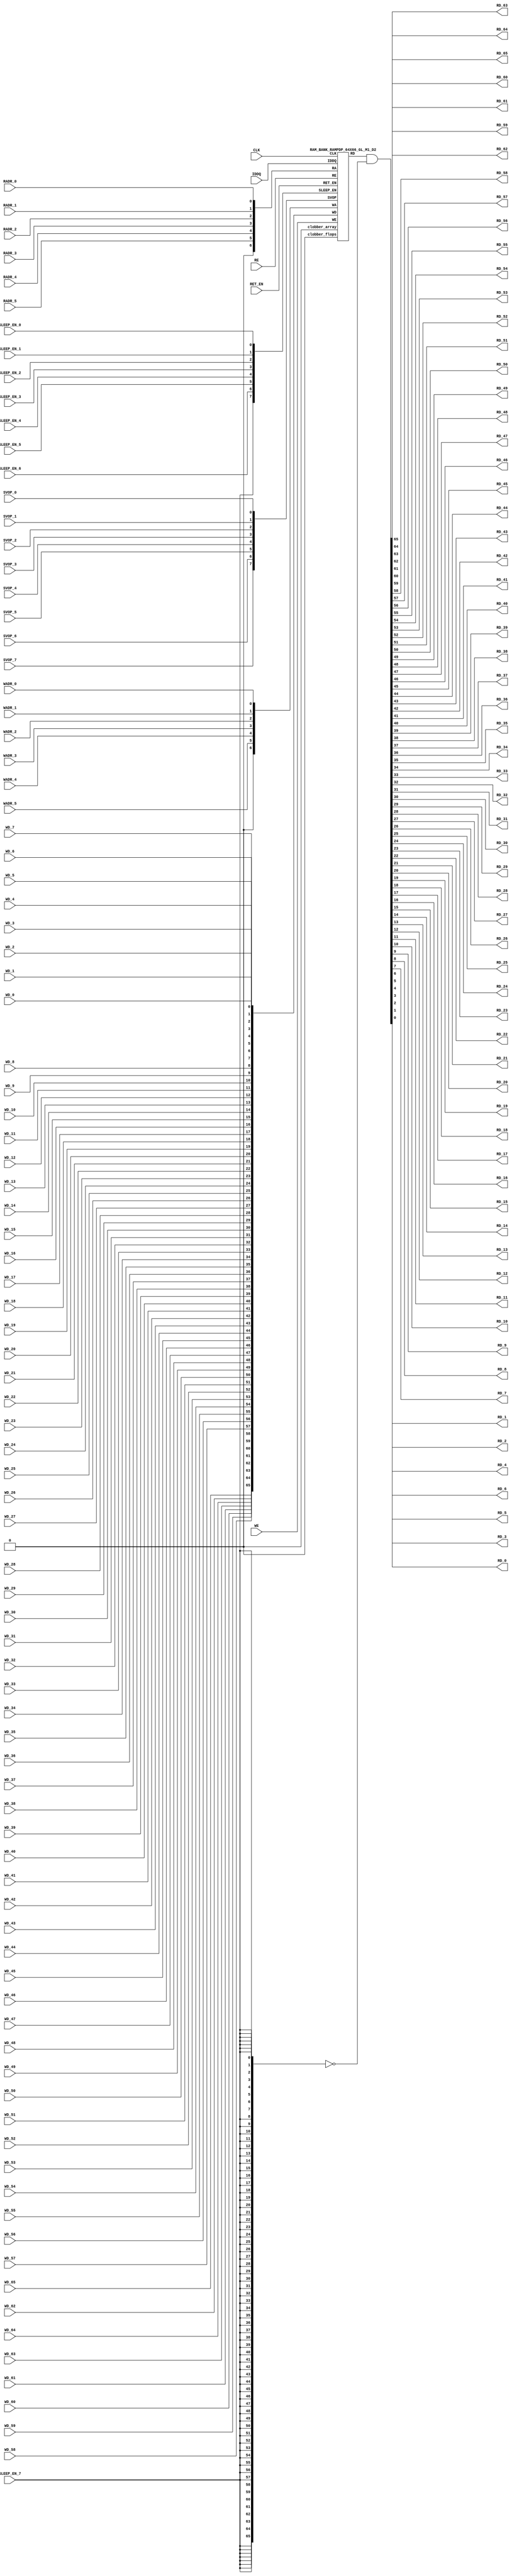
// ================================================================
// NVDLA Open Source Project
//
// Copyright(c) 2016 - 2017 NVIDIA Corporation. Licensed under the
// NVDLA Open Hardware License; Check "LICENSE" which comes with
// this distribution for more information.
// ================================================================
`ifdef EMULATION
 `define SYNTHESIS
`endif
`ifndef SYNTHESIS
 `ifdef FAULT_INJECTION
  `define SIM_and_FAULT
 `endif
`endif
`ifndef SYNTHESIS
 `ifdef MONITOR
  `define SIM_and_MONITOR
 `endif
`endif
`ifndef SYNTHESIS
`timescale 10ps/1ps
`endif
`celldefine
module RAMPDP_64X66_GL_M1_D2 ( WE, CLK, IDDQ, SVOP_0, SVOP_1, SVOP_2, SVOP_3, SVOP_4, SVOP_5, SVOP_6, SVOP_7
,WD_65, WD_64, WD_63, WD_62, WD_61, WD_60, WD_59, WD_58, WD_57, WD_56, WD_55, WD_54, WD_53, WD_52, WD_51, WD_50, WD_49, WD_48, WD_47, WD_46, WD_45, WD_44, WD_43, WD_42, WD_41, WD_40, WD_39, WD_38, WD_37, WD_36, WD_35, WD_34, WD_33, WD_32, WD_31, WD_30, WD_29, WD_28, WD_27, WD_26, WD_25, WD_24, WD_23, WD_22, WD_21, WD_20, WD_19, WD_18, WD_17, WD_16, WD_15, WD_14, WD_13, WD_12, WD_11, WD_10, WD_9, WD_8, WD_7, WD_6, WD_5, WD_4, WD_3, WD_2, WD_1, WD_0,RD_65, RD_64, RD_63, RD_62, RD_61, RD_60, RD_59, RD_58, RD_57, RD_56, RD_55, RD_54, RD_53, RD_52, RD_51, RD_50, RD_49, RD_48, RD_47, RD_46, RD_45, RD_44, RD_43, RD_42, RD_41, RD_40, RD_39, RD_38, RD_37, RD_36, RD_35, RD_34, RD_33, RD_32, RD_31, RD_30, RD_29, RD_28, RD_27, RD_26, RD_25, RD_24, RD_23, RD_22, RD_21, RD_20, RD_19, RD_18, RD_17, RD_16, RD_15, RD_14, RD_13, RD_12, RD_11, RD_10, RD_9, RD_8, RD_7, RD_6, RD_5, RD_4, RD_3, RD_2, RD_1, RD_0, RE
, RADR_5, RADR_4, RADR_3, RADR_2, RADR_1, RADR_0, WADR_5, WADR_4, WADR_3, WADR_2, WADR_1, WADR_0, SLEEP_EN_7, SLEEP_EN_6, SLEEP_EN_5, SLEEP_EN_4, SLEEP_EN_3, SLEEP_EN_2, SLEEP_EN_1, SLEEP_EN_0, RET_EN
);
// nvProps NoBus SLEEP_EN_
`ifndef RAM_INTERFACE
`ifndef SYNTHESIS
// Physical ram size defined as localparam
parameter phy_rows = 64;
parameter phy_cols = 66;
parameter phy_rcols_pos = 66'b000000000000000000000000000000000000000000000000000000000000000000;
`endif //SYNTHESIS
`endif //RAM_INTERFACE
// Test mode control ports
input IDDQ;
// Clock port
input CLK;
// SVOP ports
input SVOP_0, SVOP_1, SVOP_2, SVOP_3, SVOP_4, SVOP_5, SVOP_6, SVOP_7;
// Write data ports
input WD_65, WD_64, WD_63, WD_62, WD_61, WD_60, WD_59, WD_58, WD_57, WD_56, WD_55, WD_54, WD_53, WD_52, WD_51, WD_50, WD_49, WD_48, WD_47, WD_46, WD_45, WD_44, WD_43, WD_42, WD_41, WD_40, WD_39, WD_38, WD_37, WD_36, WD_35, WD_34, WD_33, WD_32, WD_31, WD_30, WD_29, WD_28, WD_27, WD_26, WD_25, WD_24, WD_23, WD_22, WD_21, WD_20, WD_19, WD_18, WD_17, WD_16, WD_15, WD_14, WD_13, WD_12, WD_11, WD_10, WD_9, WD_8, WD_7, WD_6, WD_5, WD_4, WD_3, WD_2, WD_1, WD_0;
// Read data ports
output RD_65, RD_64, RD_63, RD_62, RD_61, RD_60, RD_59, RD_58, RD_57, RD_56, RD_55, RD_54, RD_53, RD_52, RD_51, RD_50, RD_49, RD_48, RD_47, RD_46, RD_45, RD_44, RD_43, RD_42, RD_41, RD_40, RD_39, RD_38, RD_37, RD_36, RD_35, RD_34, RD_33, RD_32, RD_31, RD_30, RD_29, RD_28, RD_27, RD_26, RD_25, RD_24, RD_23, RD_22, RD_21, RD_20, RD_19, RD_18, RD_17, RD_16, RD_15, RD_14, RD_13, RD_12, RD_11, RD_10, RD_9, RD_8, RD_7, RD_6, RD_5, RD_4, RD_3, RD_2, RD_1, RD_0;
// Read enable ports
input RE;
// Write enable ports
input WE;
// Read address ports
input RADR_5, RADR_4, RADR_3, RADR_2, RADR_1, RADR_0;
// Write address ports
input WADR_5, WADR_4, WADR_3, WADR_2, WADR_1, WADR_0;
// PG Zone enables
input SLEEP_EN_0, SLEEP_EN_1, SLEEP_EN_2, SLEEP_EN_3, SLEEP_EN_4, SLEEP_EN_5, SLEEP_EN_6, SLEEP_EN_7, RET_EN;
`ifndef RAM_INTERFACE
wire VDD = 1'b1;
wire GND = 1'b0;
// Combine the sleep enable pins into one bus
 wire [7:0] SLEEP_EN = {SLEEP_EN_7, SLEEP_EN_6, SLEEP_EN_5, SLEEP_EN_4, SLEEP_EN_3, SLEEP_EN_2, SLEEP_EN_1, SLEEP_EN_0};
// Signal to clamp the outputs when the VDD is power gated off.
 wire clamp_rd = SLEEP_EN[7] ;
// State point clobering signals
// X-out state points when their power goes out
    wire clobber_x;
`ifndef SYNTHESIS
`ifdef DISABLE_REPAIR_X
    wire check_x = (RET_EN ^ (^SLEEP_EN[7:0]) ^ SVOP_0 ^ SVOP_1 ^ SVOP_2 ^ SVOP_3 ^ SVOP_4 ^ SVOP_5 ^ SVOP_6 ^ SVOP_7);
`else
    wire check_x = (RET_EN ^ (^SLEEP_EN[7:0]) ^ SVOP_0 ^ SVOP_1 ^ SVOP_2 ^ SVOP_3 ^ SVOP_4 ^ SVOP_5 ^ SVOP_6 ^ SVOP_7 );
`endif
    assign clobber_x = ((check_x === 1'bx) || (check_x === 1'bz))?1'b1:1'b0;
    wire clobber_array = (~RET_EN & (|SLEEP_EN[3:0])) | clobber_x;
    wire clobber_flops = (|SLEEP_EN[7:4]) | clobber_x ;
`else //SYNTHESIS
    wire clobber_array = 1'b0;
    wire clobber_flops = 1'b0;
    assign clobber_x = 1'b0;
`endif //SYNTHESIS 
// Output valid signal
// Outputs are unknown in non-retention mode if VDDM is powered up , but VDD is not
    wire outvalid;
 assign outvalid = ~(clobber_x | (~RET_EN & (|SLEEP_EN[3:0]) & (|(~SLEEP_EN[7:4]))));
//assemble & rename wires
// Extend the MSB's of the read/write addresses to cover all the flop inputs
// The number of address flops is fixed. Also combine all the individual *_* bits into one bus
 wire [6:0] RA = {1'b0, RADR_5, RADR_4, RADR_3, RADR_2, RADR_1, RADR_0};
 wire [6:0] WA = {1'b0, WADR_5, WADR_4, WADR_3, WADR_2, WADR_1, WADR_0};
// Combine all the write data input bits
 wire [65:0] WD = {WD_65, WD_64, WD_63, WD_62, WD_61, WD_60, WD_59, WD_58, WD_57, WD_56, WD_55, WD_54, WD_53, WD_52, WD_51, WD_50, WD_49, WD_48, WD_47, WD_46, WD_45, WD_44, WD_43, WD_42, WD_41, WD_40, WD_39, WD_38, WD_37, WD_36, WD_35, WD_34, WD_33, WD_32, WD_31, WD_30, WD_29, WD_28, WD_27, WD_26, WD_25, WD_24, WD_23, WD_22, WD_21, WD_20, WD_19, WD_18, WD_17, WD_16, WD_15, WD_14, WD_13, WD_12, WD_11, WD_10, WD_9, WD_8, WD_7, WD_6, WD_5, WD_4, WD_3, WD_2, WD_1, WD_0};
 wire [65:0] RD;
// Expand the read data bus into individual output bits
// assign {RD_65, RD_64, RD_63, RD_62, RD_61, RD_60, RD_59, RD_58, RD_57, RD_56, RD_55, RD_54, RD_53, RD_52, RD_51, RD_50, RD_49, RD_48, RD_47, RD_46, RD_45, RD_44, RD_43, RD_42, RD_41, RD_40, RD_39, RD_38, RD_37, RD_36, RD_35, RD_34, RD_33, RD_32, RD_31, RD_30, RD_29, RD_28, RD_27, RD_26, RD_25, RD_24, RD_23, RD_22, RD_21, RD_20, RD_19, RD_18, RD_17, RD_16, RD_15, RD_14, RD_13, RD_12, RD_11, RD_10, RD_9, RD_8, RD_7, RD_6, RD_5, RD_4, RD_3, RD_2, RD_1, RD_0} = (outvalid) ? RD : 66'bx;
// Do the read data swizzing based on the number of words and bits.
`ifndef SYNTHESIS
 assign {RD_65, RD_64, RD_63, RD_62, RD_61, RD_60, RD_59, RD_58, RD_57, RD_56, RD_55, RD_54, RD_53, RD_52, RD_51, RD_50, RD_49, RD_48, RD_47, RD_46, RD_45, RD_44, RD_43, RD_42, RD_41, RD_40, RD_39, RD_38, RD_37, RD_36, RD_35, RD_34, RD_33, RD_32, RD_31, RD_30, RD_29, RD_28, RD_27, RD_26, RD_25, RD_24, RD_23, RD_22, RD_21, RD_20, RD_19, RD_18, RD_17, RD_16, RD_15, RD_14, RD_13, RD_12, RD_11, RD_10, RD_9, RD_8, RD_7, RD_6, RD_5, RD_4, RD_3, RD_2, RD_1, RD_0} = (outvalid) ? RD & ~{66{clamp_rd}} : 66'bx;
`else
 assign {RD_65, RD_64, RD_63, RD_62, RD_61, RD_60, RD_59, RD_58, RD_57, RD_56, RD_55, RD_54, RD_53, RD_52, RD_51, RD_50, RD_49, RD_48, RD_47, RD_46, RD_45, RD_44, RD_43, RD_42, RD_41, RD_40, RD_39, RD_38, RD_37, RD_36, RD_35, RD_34, RD_33, RD_32, RD_31, RD_30, RD_29, RD_28, RD_27, RD_26, RD_25, RD_24, RD_23, RD_22, RD_21, RD_20, RD_19, RD_18, RD_17, RD_16, RD_15, RD_14, RD_13, RD_12, RD_11, RD_10, RD_9, RD_8, RD_7, RD_6, RD_5, RD_4, RD_3, RD_2, RD_1, RD_0} = RD & ~{66{clamp_rd}};
`endif
 wire [7:0] SVOP = {SVOP_7, SVOP_6, SVOP_5, SVOP_4, SVOP_3, SVOP_2, SVOP_1, SVOP_0};
`ifndef EMULATION
// Instantiate memory bank
// This block defines the core functionality of the rams.
 RAM_BANK_RAMPDP_64X66_GL_M1_D2 ITOP ( WE, CLK, IDDQ, SVOP, WD, RD, RE, RA, WA
, SLEEP_EN
, RET_EN, clobber_array , clobber_flops
);
`ifndef SYNTHESIS
// Tasks for initializing the arrays
//VCS coverage off
always @(clobber_array) begin : clobber_array_block
    integer i;
    if (clobber_array) begin
     for (i=0; i<64; i=i+1) begin
       mem_wr_raw(i, {66{1'bx}});
  end
    end
end
always @(clobber_flops) begin
  if (clobber_flops) begin
      ITOP.RE_LATB <= 1'bx;
      ITOP.RE_FF <= 1'bx;
      ITOP.WE_LATB <= 1'bx;
      ITOP.WE_FF <= 1'bx;
      ITOP.RADR <= 7'bx;
      ITOP.WADR <= 7'bx;
      ITOP.WAFF <= 7'bx;
      ITOP.WDQ_pr <= 66'bx;
      ITOP.dout <= 66'bx;
  end
end
//VCS coverage on
//VCS coverage off
task mem_wr_raw;
  input [5:0] addr;
  input [65:0] data;
  begin
        ITOP.iow0.mem_wr_raw_subbank(addr[5:0],data);
  end
endtask
// Ramgen function for writing the arrays
task mem_write;
  input [5:0] addr;
  input [65:0] data;
  begin
    ITOP.mem_write_bank(addr,data);
  end
endtask
// Ramgen function for reading the arrays
function [65:0] mem_read;
input [5:0] addr;
  begin
        mem_read = ITOP.mem_read_bank(addr);
  end
endfunction
// Random only generates 32 bit value.
// If nbits > 32, call it multiple times
// Old random fill fills all memory locations with same random value
task mem_fill_random;
 reg [65:0] val;
 integer i;
 begin
  for (i=0; i<64; i=i+1) begin
      val = {$random, $random, $random};
      mem_wr_raw(i, val);
  end
 end
endtask
// Fill the memory with a given bit value
task mem_fill_value;
    input fill_bit;
 reg [65:0] val;
    integer i;
    begin
        val = {66{fill_bit}};
        for (i=0; i<64; i=i+1) begin
      mem_wr_raw(i, val);
        end
    end
endtask
// read logical address and feed into salat
task force_rd;
input [5:0] addr;
 reg [65:0] rd;
 `ifdef USE_RAMINIT_LIBS
 reg raminit_active, raminit_argcheck, raminit_debug, raminit_enable, raminit_random, raminit_invert,
     raminit_val, raminit_waitclock, raminit_use_force;
 real raminit_delay_ns, raminit_waitclock_check_ns;
 initial
 begin
   raminit_active = 0; // default is inactive (plusarg to active the ram init functionality)
   raminit_argcheck = 0; // default is no plusargs check (apart from raminit_active and raminit_argcheck)
   raminit_debug = 0; // default is no debug messages
   raminit_enable = 0; // default is no init (variable indicating if the ram init functionality is enabled for this instance)
   raminit_random = 0; // default is no random init
   raminit_invert = 0; // default is not to invert the init value
   raminit_val = 0; // default init value is zero
   raminit_waitclock = 0; // default is not to wait to clock to be non-X
   raminit_use_force = 1; // default is to use force/release
   raminit_delay_ns = `ifdef NV_TOP_RESET_ON_DELAY (`NV_TOP_RESET_ON_DELAY+2) `else 3 `endif; // default is 2ns after nv_top_reset_ goes low or ram clock is not X
   raminit_waitclock_check_ns = `ifdef NV_TOP_RESET_OFF_DELAY (`NV_TOP_RESET_OFF_DELAY) `else 0 `endif; // default is when nv_top_reset_ goes high
   $value$plusargs("raminit_active=%d", raminit_active);
   $value$plusargs("raminit_argcheck=%d", raminit_argcheck);
   if (raminit_argcheck)
   begin
// The following variables are not usually used as plusargs, but instead set through add_inst_array calls or the init_inst_file.
     $value$plusargs("raminit_debug=%d", raminit_debug);
     $value$plusargs("raminit_enable=%d", raminit_enable);
     $value$plusargs("raminit_random=%d", raminit_random);
     $value$plusargs("raminit_invert=%d", raminit_invert);
     $value$plusargs("raminit_val=%d", raminit_val);
     $value$plusargs("raminit_waitclock=%d", raminit_waitclock);
     $value$plusargs("raminit_delay_ns=%f", raminit_delay_ns);
     $value$plusargs("raminit_waitclock_check_ns=%f", raminit_waitclock_check_ns);
     $value$plusargs("raminit_use_force=%d", raminit_use_force);
   end
   `ifdef INST_CHECK
   `INST_CHECK(ram_inst_check0,raminit_active,raminit_debug,raminit_enable,raminit_random,raminit_val,raminit_invert,raminit_waitclock,raminit_delay_ns,raminit_waitclock_check_ns);
   `endif
   if (!raminit_active) raminit_enable = 0;
   else if (raminit_enable)
   begin
     if (raminit_random) raminit_val = `ifdef NO_PLI 1'b0 `else $RollPLI(0,1) `endif;
     if (raminit_invert) raminit_val = ~raminit_val;
   end
   if (raminit_debug)
   begin
     $display("%m: raminit_active              = %d", raminit_active);
     $display("%m: raminit_argcheck            = %d", raminit_argcheck);
     $display("%m: raminit_debug               = %d", raminit_debug);
     $display("%m: raminit_enable              = %d", raminit_enable);
     $display("%m: raminit_random              = %d", raminit_random);
     $display("%m: raminit_invert              = %d", raminit_invert);
     $display("%m: raminit_val                 = %d", raminit_val);
     $display("%m: raminit_waitclock           = %d", raminit_waitclock);
     $display("%m: raminit_delay_ns            = %f ns", raminit_delay_ns);
     $display("%m: raminit_waitclock_check_ns  = %f ns", raminit_waitclock_check_ns);
     $display("%m: raminit_use_force           = %d", raminit_use_force);
   end
 end
 `endif
 `ifdef USE_RAMINIT_LIBS
// init rd
 task init_rd_regs;
 begin
   #0; // wait for raminit variables to be set
   if (raminit_enable)
   begin : raminit_val_blk
     reg [66-1:0] raminit_fullval;
     if (raminit_random) raminit_fullval = `ifdef NO_PLI {66 {1'b1}} `else { $RollPLI(0,{32{1'b1}}), $RollPLI(0,{32{1'b1}}), $RollPLI(0,{2{1'b1}}) } `endif ;
     else raminit_fullval = {66 {raminit_val}};
     if (raminit_invert) raminit_fullval = ~raminit_fullval;
     if (raminit_use_force) force rd = raminit_fullval;
     if (raminit_waitclock) wait ( !== 1'bx);
     #(raminit_delay_ns*100);
     `ifdef INST_WAITCLOCK_CHECK
     `INST_WAITCLOCK_CHECK(waitclock_inst_check0,raminit_waitclock,raminit_waitclock_check_ns,100)
     `endif
     if (raminit_use_force) release rd;
     rd = raminit_fullval;
   end
 end
 endtask
 initial begin init_rd_regs(); end
 `ifdef RAMINIT_TRIGGER
 always @(`RAMINIT_TRIGGER) init_rd_regs();
 `endif
 `endif // `ifdef USE_RAMINIT_LIBS
 begin
        rd = ITOP.iow0.mem_read_raw_subbank(addr);
  ITOP.dout = rd;
 end
endtask
`ifdef MEM_PHYS_INFO
//function for physical array read row, takes physical address
function [65:0] mem_phys_read_padr;
input [5:0] addr;
 reg [65:0] rd_row;
 `ifdef USE_RAMINIT_LIBS
// init rd_row
 task init_rd_row_regs;
 begin
   #0; // wait for raminit variables to be set
   if (raminit_enable)
   begin : raminit_val_blk
     reg [66-1:0] raminit_fullval;
     if (raminit_random) raminit_fullval = `ifdef NO_PLI {66 {1'b1}} `else { $RollPLI(0,{32{1'b1}}), $RollPLI(0,{32{1'b1}}), $RollPLI(0,{2{1'b1}}) } `endif ;
     else raminit_fullval = {66 {raminit_val}};
     if (raminit_invert) raminit_fullval = ~raminit_fullval;
     if (raminit_use_force) force rd_row = raminit_fullval;
     if (raminit_waitclock) wait ( !== 1'bx);
     #(raminit_delay_ns*100);
     `ifdef INST_WAITCLOCK_CHECK
     `INST_WAITCLOCK_CHECK(waitclock_inst_check1,raminit_waitclock,raminit_waitclock_check_ns,100)
     `endif
     if (raminit_use_force) release rd_row;
     rd_row = raminit_fullval;
   end
 end
 endtask
 initial begin init_rd_row_regs(); end
 `ifdef RAMINIT_TRIGGER
 always @(`RAMINIT_TRIGGER) init_rd_row_regs();
 `endif
 `endif // `ifdef USE_RAMINIT_LIBS
 reg [65:0] rd[0:0];
 integer i;
 begin
        rd[0] = ITOP.iow0.mem_read_raw_subbank(addr);
        for (i=0; i<=65; i=i+1) begin
            rd_row[i*1+0] = rd[0][i];
  end
  mem_phys_read_padr = rd_row;
 end
endfunction
//function for physical array read row, takes logical address
function [65:0] mem_phys_read_ladr;
input [5:0] addr;
    reg [5:0] paddr;
 reg [65:0] rd_row;
 `ifdef USE_RAMINIT_LIBS
// init rd_row
 task init_rd_row_regs;
 begin
   #0; // wait for raminit variables to be set
   if (raminit_enable)
   begin : raminit_val_blk
     reg [66-1:0] raminit_fullval;
     if (raminit_random) raminit_fullval = `ifdef NO_PLI {66 {1'b1}} `else { $RollPLI(0,{32{1'b1}}), $RollPLI(0,{32{1'b1}}), $RollPLI(0,{2{1'b1}}) } `endif ;
     else raminit_fullval = {66 {raminit_val}};
     if (raminit_invert) raminit_fullval = ~raminit_fullval;
     if (raminit_use_force) force rd_row = raminit_fullval;
     if (raminit_waitclock) wait ( !== 1'bx);
     #(raminit_delay_ns*100);
     `ifdef INST_WAITCLOCK_CHECK
     `INST_WAITCLOCK_CHECK(waitclock_inst_check2,raminit_waitclock,raminit_waitclock_check_ns,100)
     `endif
     if (raminit_use_force) release rd_row;
     rd_row = raminit_fullval;
   end
 end
 endtask
 initial begin init_rd_row_regs(); end
 `ifdef RAMINIT_TRIGGER
 always @(`RAMINIT_TRIGGER) init_rd_row_regs();
 `endif
 `endif // `ifdef USE_RAMINIT_LIBS
 reg [65:0] rd[0:0];
 integer i;
 begin
        paddr = (addr >> 0);
        rd[0] = ITOP.iow0.mem_read_raw_subbank(paddr);
        for (i=0; i<=65; i=i+1) begin
            rd_row[i*1+0] = rd[0][i];
  end
  mem_phys_read_ladr = rd_row;
 end
endfunction
//function for physical array read row with column masking, takes logical address
function [65:0] mem_phys_read_pmasked;
input [5:0] addr;
   reg [65:0] rd_row;
   `ifdef USE_RAMINIT_LIBS
// init rd_row
   task init_rd_row_regs;
   begin
     #0; // wait for raminit variables to be set
     if (raminit_enable)
     begin : raminit_val_blk
       reg [66-1:0] raminit_fullval;
       if (raminit_random) raminit_fullval = `ifdef NO_PLI {66 {1'b1}} `else { $RollPLI(0,{32{1'b1}}), $RollPLI(0,{32{1'b1}}), $RollPLI(0,{2{1'b1}}) } `endif ;
       else raminit_fullval = {66 {raminit_val}};
       if (raminit_invert) raminit_fullval = ~raminit_fullval;
       if (raminit_use_force) force rd_row = raminit_fullval;
       if (raminit_waitclock) wait ( !== 1'bx);
       #(raminit_delay_ns*100);
       `ifdef INST_WAITCLOCK_CHECK
       `INST_WAITCLOCK_CHECK(waitclock_inst_check3,raminit_waitclock,raminit_waitclock_check_ns,100)
       `endif
       if (raminit_use_force) release rd_row;
       rd_row = raminit_fullval;
     end
   end
   endtask
   initial begin init_rd_row_regs(); end
   `ifdef RAMINIT_TRIGGER
   always @(`RAMINIT_TRIGGER) init_rd_row_regs();
   `endif
   `endif // `ifdef USE_RAMINIT_LIBS
   reg [65:0] rd[0 : 0];
   integer i;
   begin
        rd_row = ITOP.iow0.mem_read_raw_subbank(addr);
        mem_phys_read_pmasked = rd_row;
    end
endfunction
//Task for physical array write row, takes physical address
task mem_phys_write;
input [5:0] addr;
input [65:0] data;
 reg [65:0] wr[0:0];
 integer i;
 begin
        for (i=0; i<=65; i=i+1) begin
            wr[0][i] = data[i*1+0];
  end
        ITOP.iow0.mem_wr_raw_subbank(addr,wr[0]);
 end
endtask
// Function to return a physical address given a logical address input.
function [5:0] mem_log_to_phys_adr;
input [5:0] addr;
    begin
        mem_log_to_phys_adr = (addr >> 0) ;
    end
endfunction
`endif //MEM_PHYS_INFO
`ifdef MONITOR
// Monitor dump trigger
reg dump_monitor_result;
initial begin : init_monitor
  dump_monitor_result = 1'b0;
end
task monitor_on;
    begin
  ITOP.iow0.monitor_on = 1'b1;
   end
endtask
task monitor_off;
    begin
  ITOP.iow0.monitor_on = 1'b0;
        dump_monitor_result = 1'b1;
    end
endtask
// read bit_written monitor row by physical address from subarray
function [65:0] mon_bit_w;
input [5:0] addr;
 reg [65:0] mon_row;
 reg [65:0] mon_word[0:0];
 integer i;
 begin
// read all monitor words for a row
  mon_word[0] = ITOP.iow0.bit_written[addr];
// combine all 1 words to a row
  for (i=0; i<=65; i=i+1) begin
   mon_row[i*1+0] = mon_word[0][i];
  end
  mon_bit_w = mon_row;
 end
endfunction
// read bit_read monitor word by address from subarray
function [65:0] mon_bit_r;
input [5:0] addr;
 reg [65:0] mon_row;
 reg [65:0] mon_word[0:0];
 integer i;
 begin
// read all monitor words for a row
  mon_word[0] = ITOP.iow0.bit_read[addr];
// combine all 1 words to a row
  for (i=0; i<=65; i=i+1) begin
   mon_row[i*1+0] = mon_word[0][i];
  end
  mon_bit_r = mon_row;
 end
endfunction
// read word_written monitor row by physical address from subarray
function mon_word_w;
input [5:0] addr;
 reg mon_word[0:0];
 integer i;
 begin
// read all monitor words for a row
  mon_word[0] = ITOP.iow0.word_written[addr];
// combine all 1 words to a row
  mon_word_w = mon_word[0] ;
 end
endfunction
// read word_read monitor row by physical address from subarray
function mon_word_r;
input [5:0] addr;
 reg mon_word[0:0];
 integer i;
 begin
// read all monitor words for a row
  mon_word[0] = ITOP.iow0.word_read[addr];
// combine all 1 words to a row
  mon_word_r = mon_word[0] ;
 end
endfunction
always @(dump_monitor_result) begin : dump_monitor
 integer i;
 integer j;
 reg [65:0] tmp_row;
    reg tmp_bit;
 if (dump_monitor_result == 1'b1) begin
     $display("Exercised coverage summary:");
        $display("\t%m rows unwritten:");
        for(i=0;i<=64;i=i+1) begin
   tmp_bit = mon_word_w(i);
            if (tmp_bit !== 1) $display("\t\trow %d", i);
  end
        $display("\t%m rows unread:");
        for(i=0;i<=64;i=i+1) begin
   tmp_bit = mon_word_r(i);
            if (tmp_bit !== 1) $display("\t\trow %d", i);
  end
  $display("\t%m bits not written as 0:");
  for (i=0; i<64; i=i+1) begin
   tmp_row = mon_bit_w(i);
   for (j=0; j<66; j=j+1) begin
    if (tmp_row[j] !== 1'b0 && tmp_row[j] !== 1'bz) $display("\t\t[row,bit] [%d,%d]", i, j);
   end
  end
  $display("\t%m bits not written as 1:");
  for (i=0; i<64; i=i+1) begin
   tmp_row = mon_bit_w(i);
   for (j=0; j<66; j=j+1) begin
    if (tmp_row[j] !== 1'b1 && tmp_row[j] !== 1'bz) $display("\t\t[row,bit] [%d,%d]", i, j);
   end
  end
  $display("\t%m bits not read as 0:");
  for (i=0; i<64; i=i+1) begin
   tmp_row = mon_bit_r(i);
   for (j=0; j<66; j=j+1) begin
    if (tmp_row[j] !== 1'b0 && tmp_row[j] !== 1'bz) $display("\t\t[row,bit] [%d,%d]", i, j);
   end
  end
  $display("\t%m bits not read as 1:");
  for (i=0; i<64; i=i+1) begin
   tmp_row = mon_bit_r(i);
   for (j=0; j<66; j=j+1) begin
    if (tmp_row[j] !== 1'b1 && tmp_row[j] !== 1'bz) $display("\t\t[row,bit] [%d,%d]", i, j);
   end
  end
  dump_monitor_result = 1'b0;
 end
end
//VCS coverage on
`endif // MONITOR
`ifdef NV_RAM_EXPAND_ARRAY
wire [65:0] Q_0 = ITOP.iow0.arr[0];
wire [65:0] Q_1 = ITOP.iow0.arr[1];
wire [65:0] Q_2 = ITOP.iow0.arr[2];
wire [65:0] Q_3 = ITOP.iow0.arr[3];
wire [65:0] Q_4 = ITOP.iow0.arr[4];
wire [65:0] Q_5 = ITOP.iow0.arr[5];
wire [65:0] Q_6 = ITOP.iow0.arr[6];
wire [65:0] Q_7 = ITOP.iow0.arr[7];
wire [65:0] Q_8 = ITOP.iow0.arr[8];
wire [65:0] Q_9 = ITOP.iow0.arr[9];
wire [65:0] Q_10 = ITOP.iow0.arr[10];
wire [65:0] Q_11 = ITOP.iow0.arr[11];
wire [65:0] Q_12 = ITOP.iow0.arr[12];
wire [65:0] Q_13 = ITOP.iow0.arr[13];
wire [65:0] Q_14 = ITOP.iow0.arr[14];
wire [65:0] Q_15 = ITOP.iow0.arr[15];
wire [65:0] Q_16 = ITOP.iow0.arr[16];
wire [65:0] Q_17 = ITOP.iow0.arr[17];
wire [65:0] Q_18 = ITOP.iow0.arr[18];
wire [65:0] Q_19 = ITOP.iow0.arr[19];
wire [65:0] Q_20 = ITOP.iow0.arr[20];
wire [65:0] Q_21 = ITOP.iow0.arr[21];
wire [65:0] Q_22 = ITOP.iow0.arr[22];
wire [65:0] Q_23 = ITOP.iow0.arr[23];
wire [65:0] Q_24 = ITOP.iow0.arr[24];
wire [65:0] Q_25 = ITOP.iow0.arr[25];
wire [65:0] Q_26 = ITOP.iow0.arr[26];
wire [65:0] Q_27 = ITOP.iow0.arr[27];
wire [65:0] Q_28 = ITOP.iow0.arr[28];
wire [65:0] Q_29 = ITOP.iow0.arr[29];
wire [65:0] Q_30 = ITOP.iow0.arr[30];
wire [65:0] Q_31 = ITOP.iow0.arr[31];
wire [65:0] Q_32 = ITOP.iow0.arr[32];
wire [65:0] Q_33 = ITOP.iow0.arr[33];
wire [65:0] Q_34 = ITOP.iow0.arr[34];
wire [65:0] Q_35 = ITOP.iow0.arr[35];
wire [65:0] Q_36 = ITOP.iow0.arr[36];
wire [65:0] Q_37 = ITOP.iow0.arr[37];
wire [65:0] Q_38 = ITOP.iow0.arr[38];
wire [65:0] Q_39 = ITOP.iow0.arr[39];
wire [65:0] Q_40 = ITOP.iow0.arr[40];
wire [65:0] Q_41 = ITOP.iow0.arr[41];
wire [65:0] Q_42 = ITOP.iow0.arr[42];
wire [65:0] Q_43 = ITOP.iow0.arr[43];
wire [65:0] Q_44 = ITOP.iow0.arr[44];
wire [65:0] Q_45 = ITOP.iow0.arr[45];
wire [65:0] Q_46 = ITOP.iow0.arr[46];
wire [65:0] Q_47 = ITOP.iow0.arr[47];
wire [65:0] Q_48 = ITOP.iow0.arr[48];
wire [65:0] Q_49 = ITOP.iow0.arr[49];
wire [65:0] Q_50 = ITOP.iow0.arr[50];
wire [65:0] Q_51 = ITOP.iow0.arr[51];
wire [65:0] Q_52 = ITOP.iow0.arr[52];
wire [65:0] Q_53 = ITOP.iow0.arr[53];
wire [65:0] Q_54 = ITOP.iow0.arr[54];
wire [65:0] Q_55 = ITOP.iow0.arr[55];
wire [65:0] Q_56 = ITOP.iow0.arr[56];
wire [65:0] Q_57 = ITOP.iow0.arr[57];
wire [65:0] Q_58 = ITOP.iow0.arr[58];
wire [65:0] Q_59 = ITOP.iow0.arr[59];
wire [65:0] Q_60 = ITOP.iow0.arr[60];
wire [65:0] Q_61 = ITOP.iow0.arr[61];
wire [65:0] Q_62 = ITOP.iow0.arr[62];
wire [65:0] Q_63 = ITOP.iow0.arr[63];
`endif //NV_RAM_EXPAND_ARRAY
`endif //SYNTHESIS
`ifdef FAULT_INJECTION
// BIST stuck at tasks
// induce faults on columns
//VCS coverage off
task mem_fault_no_write;
input [65:0] fault_mask;
    begin
        ITOP.iow0.mem_fault_no_write_subbank(fault_mask);
    end
endtask
task mem_fault_stuck_0;
input [65:0] fault_mask;
    begin
        ITOP.iow0.mem_fault_stuck_0_subbank(fault_mask);
    end
endtask
task mem_fault_stuck_1;
input [65:0] fault_mask;
    begin
        ITOP.iow0.mem_fault_stuck_1_subbank(fault_mask);
    end
endtask
task set_bit_fault_stuck_0;
input r;
input c;
integer r;
integer c;
    ITOP.iow0.set_bit_fault_stuck_0_subbank(r, c);
endtask
task set_bit_fault_stuck_1;
input r;
input c;
integer r;
integer c;
    ITOP.iow0.set_bit_fault_stuck_1_subbank(r, c);
endtask
task clear_bit_fault_stuck_0;
input r;
input c;
integer r;
integer c;
    ITOP.iow0.clear_bit_fault_stuck_0_subbank(r, c);
endtask
task clear_bit_fault_stuck_1;
input r;
input c;
integer r;
integer c;
    ITOP.iow0.clear_bit_fault_stuck_1_subbank(r, c);
endtask
//VCS coverage on
`endif // STUCK
`else // EMULATION=1 
//VCS coverage off
// The emulation model is a simple model which models only basic functionality and contains no test logic or redundancy.
// The model also uses flops wherever possible. Latches are avoided to help close timing on the emulator.
// The unused pins are left floating in the model.
// Register declarations
// enables
    reg RE_FF,WE_FF,RE_LAT,WE_LAT;
// Addresses
    reg [6:0] RAFF,WAFF;
// Data
    reg [65:0] WD_FF;
    reg [65:0] RD_LAT;
// Latch the enables
//spyglass disable_block IntClock,W18
    always @(*) begin
        if (!CLK) begin
            RE_LAT <= RE;
            WE_LAT <= WE;
        end
    end
//spyglass enable_block IntClock,W18
// Flop the enables : RE/WE/RE_O
    always @(posedge CLK) begin
        RE_FF <= RE; //spyglass disable IntClock
        WE_FF <= WE; //spyglass disable IntClock
    end
// Gated clock for the read/write operations
    wire RECLK = CLK & RE_LAT; //spyglass disable GatedClock
    wire WECLK = CLK & WE_LAT; //spyglass disable GatedClock
// Flop the addresses/write data//mask 
    always @(posedge RECLK)
        RAFF <= RA; //spyglass disable IntClock
    always @(posedge WECLK) begin
        WAFF <= WA; //spyglass disable IntClock
        WD_FF <= WD; //spyglass disable IntClock
    end
// Memory
    reg [65:0] mem[63:0];
// write into the memory on negative edge of clock
   wire WRCLK = ~CLK & WE_FF ; //spyglass disable GatedClock
    always @(posedge WRCLK)
        mem[WAFF] <= WD_FF; //spyglass disable SYNTH_5130
// Read
    wire [65:0] dout;
    assign dout = mem[RAFF]; //spyglass disable SYNTH_5130
    reg [65:0] dout_LAT;
    always @(RECLK or dout)
        if (RECLK)
            dout_LAT <= dout; //spyglass disable W18
    assign RD = dout_LAT;
`endif // EMULATION
//VCS coverage on
`endif // end RAM_INTERFACE
endmodule
`endcelldefine
`ifndef RAM_INTERFACE
`ifndef EMULATION
//memory bank block
module RAM_BANK_RAMPDP_64X66_GL_M1_D2 ( WE, CLK, IDDQ, SVOP, WD, RD, RE, RA, WA
, SLEEP_EN
, RET_EN , clobber_array , clobber_flops
);
// Input/output port definitions
input WE, CLK, IDDQ , RE;
input [7:0] SVOP;
input [65:0] WD;
input [6:0] RA, WA;
output [65:0] RD;
input [7:0] SLEEP_EN;
input RET_EN , clobber_array , clobber_flops ;
// When there is no bypass requested, tie the internal bypass select to 0.
    wire RDBYP = 1'b0;
//Definitions of latches and flops in the design
// *_LAT --> Latched value
// *_LATB --> inverted latch value
// *_FF --> Flopped version
 reg RE_LATB, RE_FF, WE_LATB, WE_FF;
 reg [6:0] RADR, WADR, WAFF;
// For non-pipelined rams , capture_dis is disabled
    wire CAPT_DIS = 1'b0;
// Clamp the array access when IDDQ=1
 wire CLAMPB = ~IDDQ;
 wire latffclk = CLK;
// Latch and flop the primary control enables. This is on the unconditional clock.
// spyglass disable_block W18
 always @(*) begin
// Latch part
  if(!latffclk & !clobber_flops) begin
            RE_LATB <= ~RE ;
// Write Enable
   WE_LATB <= ~WE; // spyglass disable IntClock
  end // end if
 end // end always
 always @(*) begin
// Flop part
  if (latffclk & !clobber_flops) begin
// Flop outputs of the latches above
            WE_FF <= ~WE_LATB;
   RE_FF <= ~RE_LATB;
        end // end if
    end // end always
// spyglass enable_block W18
// Conditional clock generation.
// Write enable and clock
// Clocks are generated when the write enable OR SE == 1 , but SHOLD == 0
    wire we_se = ~WE_LATB;
 wire WRDCLK = we_se & latffclk & !clobber_flops; // spyglass disable GatedClock
 wire WADRCLK = WRDCLK;
// Read enable and clock
// There is no SHOLD dependence on the read clocks because these are implemented using loopback flops
// Clocks are generated when the Read enable OR SE == 1
    wire re_se = ~RE_LATB;
 wire RADRCLK = re_se & latffclk ;
// *** The model reads in A , writes in B ***
// Read clock to the memory is off the rising edge of clock
// CLk ==1 , when RE=1 or (SE=1 and SCRE=1) && (ACC_DIS == 1)
// SE=1 and SCRE=1 is needed to force known values into the latches for launch in testmodes.
 wire RECLK = (~RE_LATB) & CLAMPB & !clobber_flops & !RET_EN & CLK;
// Writes are shifted to the low phase of the clock
// Flopped version of the enables are used to prevent glitches in the clock
// SCWI ==1 prevents writes into the memory
    wire WECLK = WE_FF & CLAMPB & !clobber_flops & !RET_EN & ~CLK;
 wire RWSEL = WE_FF & CLAMPB & ~CLK;
// Latch read addresses
// spyglass disable_block W18
 always @(*) begin
  if(!RADRCLK & !clobber_flops) begin
   RADR <= RA;
  end // end if
 end // end always
// Flop write address
 always @(posedge WADRCLK) begin
  WAFF <= WA ;
 end
// spyglass enable_block W18
// Force the MSB's to 0 in the SCRE mode. This makes sure that we will always read in from valid addresses for resetting the output latches.
 wire [6:0] RADRSWI = RADR[6:0];
// Select the read address when CLK=1 and write addresses when CLK=0
 wire [6:0] ADR = {7{RWSEL}} & WAFF | ~{7{RWSEL}} & RADRSWI;
 wire [7:0] fusePDEC2;
 wire [7:0] fusePDEC1;
 wire [7:0] fusePDEC0;
    wire fuseien;
// Non repairable rams
    assign fusePDEC2 = {8{1'b0}};
    assign fusePDEC1 = {8{1'b0}};
    assign fusePDEC0 = {8{1'b0}};
    assign fuseien = 0;
//io part
 wire [65:0] WDQ;
 wire [65:0] WDBQ;
 wire [65:0] WMNexp;
 wire [65:0] WMNQ;
// Expand the fuse predec to 512 bits . It follows the 8x8x8 repeat pattern
// We will use only the ones needed for this particular ram configuration and ignore the rest
 wire [511:0] PDEC2 = {{64{fusePDEC2[7]}}, {64{fusePDEC2[6]}}, {64{fusePDEC2[5]}}, {64{fusePDEC2[4]}}, {64{fusePDEC2[3]}}, {64{fusePDEC2[2]}}, {64{fusePDEC2[1]}}, {64{fusePDEC2[0]}}};
 wire [511:0] PDEC1 = {8{{8{fusePDEC1[7]}}, {8{fusePDEC1[6]}}, {8{fusePDEC1[5]}}, {8{fusePDEC1[4]}}, {8{fusePDEC1[3]}}, {8{fusePDEC1[2]}}, {8{fusePDEC1[1]}}, {8{fusePDEC1[0]}}}};
 wire [511:0] PDEC0 = {64{fusePDEC0[7:0]}};
 wire [65:0] BADBIT, SHFT;
// SHIFT<*> == 1 --> No repair at that bit , 0 --> repair at that bit .
// SHIFT<X> == not(and Pdec*<X>) & SHIFT<X-1>
    assign BADBIT = {66{1'b0}};
    assign SHFT = {66{1'b1}};
    reg [65:0] WDQ_pr;
    wire [65:0] WDBQ_pr;
    assign WMNexp = {66{1'b1}};
    always @(posedge WRDCLK) begin
// Flop write data
  WDQ_pr[65:0] <= WD & WMNexp;
 end
    assign WDBQ_pr = ~WDQ_pr;
    assign WMNQ = (WDQ | WDBQ);
 assign WDQ = WDQ_pr;
 assign WDBQ = WDBQ_pr;
    reg [65:0] dout;
 wire [65:0] RD;
 wire RD_rdnt0,RD_rdnt1;
 wire [65:0] sel_normal, sel_redun;
// Read bypass is not used for non custom ram
 wire [65:0] RDBYPASS = {66{1'b0}};
// Read bypass will override redunancy mux .
 assign sel_redun = ~SHFT & ~RDBYPASS;
 assign sel_normal = SHFT & ~RDBYPASS;
// Non pipelined Read out. This is a 2 to 1 mux with bypass taking priority
 assign RD = sel_normal & dout | RDBYPASS & WDQ_pr;
// FOR SIMULATION ONLY. REMOVE WHEN ASSERTIONS ARE AVAILABLE!
// The following section figures out the unused address space and forces a X out on the reads/prevents writes
// #unusedbits 1 #lowcmidx 0 #cmstep 1 #cm 1 #maxaddr 64
    wire legal, tiedvalid, empadd;
// Tied off address bits
// This should always be 1 if the tie-off logic at the top-level is correct.
    assign tiedvalid = ~(|ADR[6:6]);
// Max address is 64 --> ['1', '1', '1', '1', '1', '1']
    assign empadd = 1'b0;
// It is a legal input address if it does not fall in the empty space.
    assign legal = tiedvalid & ~empadd ;
    wire [65:0] force_x;
`ifndef SYNTHESIS
    assign force_x = {66{1'bx}};
`else
    assign force_x = {66{1'b0}};
`endif
// Generate the read and write clocks for the various CM banks
    wire RdClk0;
    wire WrClk0;
    assign RdClk0 = RECLK;
    assign WrClk0 = WECLK & legal;
    wire [65:0] rmuxd0;
    wire [65:0] dout0;
// Mux the way reads onto the final read busa
// Output X's if the address is invalid
//assign rmuxd0 = legal ? {66{RdClk0}} & ~dout0 : force_x;
 assign rmuxd0 = {66{RdClk0}} & ~dout0 ;
    always @(RECLK or rmuxd0)
    begin
        if (RECLK)
     begin
            dout[65:0] <= (rmuxd0[65:0]); // spyglass disable W18 
        end
    end
// Instantiate the memory banks. One for each CM .
    RAMPDP_64X66_GL_M1_D2_ram # (64, 66, 7) iow0 (
  WAFF[6:0],
  WrClk0,
        WMNQ,
  WDQ,
  RADRSWI[6:0],
  dout0
 );
`ifndef SYNTHESIS
// Tasks for initializing the arrays
// Ramgen function for writing the arrays
//VCS coverage off
task mem_write_bank;
  input [5:0] addr;
  input [65:0] data;
  reg [65:0] wdat;
  begin
    wdat = data;
    iow0.mem_wr_raw_subbank(addr[5:0],wdat);
  end
endtask
// Ramgen function for reading the arrays
function [65:0] mem_read_bank;
input [5:0] addr;
reg [65:0] memout;
  begin
    memout = iow0.mem_read_raw_subbank(addr);
    mem_read_bank = memout;
  end
endfunction
//VCS coverage on
`endif //SYNTHESIS
endmodule
`endif // end EMULATION
`endif // end RAM_INTERFACE 
`ifndef RAM_INTERFACE
`ifndef EMULATION
module RAMPDP_64X66_GL_M1_D2_ram (
   wadr,
   wrclk,
   wrmaskn,
   wrdata,
   radr,
   rout_B
);
// default parameters
parameter words = 64;
parameter bits = 66;
parameter addrs = 7;
// Write address
input [addrs-1:0] wadr;
// Write clock
input wrclk;
// Write data
input [bits-1:0] wrdata;
// Write Mask
input [bits-1:0] wrmaskn;
// Read address
input [addrs-1:0] radr;
// Read out
wire [bits-1:0] rdarr;
output [bits-1:0] rout_B;
// Memory . words X bits
reg [bits-1:0] arr[0:words-1];
`ifdef SIM_and_FAULT
// regs for inducing faults
reg [bits-1:0] fault_no_write; // block writes to this column
reg [bits-1:0] fault_stuck_0; // column always reads as 0
reg [bits-1:0] fault_stuck_1; // column always reads as 1
reg [bits-1:0] bit_fault_stuck_0[0:words-1]; // column always reads as 0
reg [bits-1:0] bit_fault_stuck_1[0:words-1]; // column always reads as 1
initial begin : init_bit_fault_stuck
    integer i;
    integer j;
    fault_no_write = {bits{1'b0}};
    fault_stuck_0 = {bits{1'b0}};
    fault_stuck_1 = {bits{1'b0}};
    for ( i =0; i <=words; i=i+1) begin
        bit_fault_stuck_0[i] = {bits{1'b0}};
        bit_fault_stuck_1[i] = {bits{1'b0}};
    end
end
`endif // FAULT
`ifdef SIM_and_MONITOR
//VCS coverage off
// monitor variables
reg monitor_on;
reg [words-1:0] word_written;
reg [words-1:0] word_read;
reg [bits-1:0] bit_written[0:words-1];
reg [bits-1:0] bit_read[0:words-1];
initial begin : init_monitor
  integer i;
  monitor_on = 1'b0;
  for(i=0;i<= words-1;i=i+1) begin
      word_written[i] = 1'b0;
      word_read[i] = 1'b0;
      bit_written[i] = {bits{1'bx}};
      bit_read[i] = {bits{1'bx}};
  end
end
`endif // MONITOR
//VCS coverage on
// Bit write enable
// Write only when mask=1. Else hold the data.
`ifdef SIM_and_FAULT
// Include fault registers
wire [bits-1:0] bwe = wrmaskn & ~fault_no_write;
`else //SIM_and_FAULT
wire [bits-1:0] bwe = wrmaskn ;
`endif //SIM_and_FAULT
wire [bits-1:0] bitclk = {bits{wrclk}} & bwe ;
integer i;
`ifdef SIM_and_FAULT
always @(bitclk or wadr or wrdata)
`else
always @(wrclk or wadr or wrdata)
`endif
begin
`ifdef SIM_and_FAULT
    for (i=0 ; i<bits ; i=i+1)
    begin
        if (bitclk[i])
            arr[wadr][i] <= wrdata[i]; // spyglass disable SYNTH_5130,W18
    end
`else
    if (wrclk)
        arr[wadr] <= wrdata; // spyglass disable SYNTH_5130,W18
`endif
`ifdef SIM_and_MONITOR
//VCS coverage off
    for (i=0 ; i<bits ; i=i+1)
    begin
`ifdef SIM_and_FAULT
        if (bitclk[i])
`else
        if (wrclk)
`endif // FAULT
        begin
// Check which bits are being written. Also track the values as per table below.
// 1'bx = not accessed
// 1'b0 = accessed as a 0
// 1'b1 = accessed as a 1
// 1'bz = accessed as both 0 and 1
            if (monitor_on) begin
    case (bit_written[wadr][i]) // spyglass disable SYNTH_5130,W18
     1'bx: bit_written[wadr][i] = wrdata[i];
     1'b0: bit_written[wadr][i] = wrdata[i] == 1 ? 1'bz : 1'b0;
     1'b1: bit_written[wadr][i] = wrdata[i] == 0 ? 1'bz : 1'b1;
     1'bz: bit_written[wadr][i] = 1'bz;
    endcase
            end
        end // if
    end //for
    if (monitor_on) begin
// Word is considered written if any of the bits are written
`ifdef SIM_and_FAULT
        word_written[wadr] <= |(bitclk) | word_written[wadr]; // spyglass disable SYNTH_5130,W18
`else
        word_written[wadr] <= wrclk | word_written[wadr]; // spyglass disable SYNTH_5130,W18
`endif // FAULT
    end
`endif // MONITOR
//VCS coverage on
end
`ifdef SIM_and_FAULT
// Include fault registers
wire [bits-1:0] bre = ~(bit_fault_stuck_1[radr] | bit_fault_stuck_0[radr]); // spyglass disable SYNTH_5130
`else //SIM_and_FAULT
wire [bits-1:0] bre = {bits{1'b1}};
`endif //SIM_and_FAULT
// Read the unlatched data out.
`ifdef SIM_and_FAULT
assign rdarr = (~arr[radr] | bit_fault_stuck_0[radr]) & ~bit_fault_stuck_1[radr]; // spyglass disable SYNTH_5130
`else
assign rdarr = ~arr[radr]; // spyglass disable SYNTH_5130
`endif
`ifdef SIM_and_MONITOR
//VCS coverage off
always @radr begin
// Check if a bit in the word can be read.
// 1'bx = not accessed
// 1'b0 = accessed as a 0
// 1'b1 = accessed as a 1
// 1'bz = accessed as both 0 and 1
    if (monitor_on) begin
        for (i=0; i<bits; i=i+1) begin
         if (bre[i]) begin
             case (bit_read[radr][i])
        1'bx: bit_read[radr][i] = rdarr[i];
     1'b0: bit_read[radr][i] = rdarr[i] == 1 ? 1'bz : 1'b0;
     1'b1: bit_read[radr][i] = rdarr[i] == 0 ? 1'bz : 1'b1;
     1'bz: bit_read[radr][i] = 1'bz;
          endcase
         end
     end
    end
// Word is marked read only if any of the bits are read.
    word_read[radr] = |(bre);
end
//VCS coverage on
`endif // MONITOR
`ifndef SYNTHESIS
assign #0.1 rout_B = rdarr;
`else
assign rout_B = rdarr;
`endif
`ifndef SYNTHESIS
// Task for initializing the arrays
//VCS coverage off
task mem_wr_raw_subbank;
  input [addrs-1:0] addr;
  input [65:0] data;
  begin
    arr[addr] = data;
  end
endtask
// function for array read
function [65:0] mem_read_raw_subbank;
input [addrs-1:0] addr;
 mem_read_raw_subbank = arr[addr];
endfunction
`ifdef FAULT_INJECTION
// BIST Tasks for inducing faults
// induce faults on columns
task mem_fault_no_write_subbank;
  input [bits-1:0] fault_mask;
   begin
    fault_no_write = fault_mask;
  end
endtask
// Stuck at 0 for entire memory
task mem_fault_stuck_0_subbank;
  input [bits-1:0] fault_mask;
  integer i;
   begin
    for ( i=0; i<words; i=i+1 ) begin
      bit_fault_stuck_0[i] = fault_mask;
    end
  end
endtask
// Stuck at 1 for entire memory
task mem_fault_stuck_1_subbank;
  input [bits-1:0] fault_mask;
  integer i;
   begin
    for ( i=0; i<words; i=i+1 ) begin
      bit_fault_stuck_1[i] = fault_mask;
    end
  end
endtask
// Stuck at 0 for specific bit
task set_bit_fault_stuck_0_subbank;
  input r;
  input c;
  integer r;
  integer c;
  bit_fault_stuck_0[r][c] = 1;
endtask
// Stuck at 1 for specific bit
task set_bit_fault_stuck_1_subbank;
  input r;
  input c;
  integer r;
  integer c;
  bit_fault_stuck_1[r][c] = 1;
endtask
// Clear stuck 0 at bit
task clear_bit_fault_stuck_0_subbank;
  input r;
  input c;
  integer r;
  integer c;
  bit_fault_stuck_0[r][c] = 0;
endtask
// Clear stuck 1 at bit
task clear_bit_fault_stuck_1_subbank;
  input r;
  input c;
  integer r;
  integer c;
  bit_fault_stuck_1[r][c] = 0;
endtask
//VCS coverage on
`endif //STUCK
`endif //SYNTHESIS
endmodule
`endif // end EMULATION
`endif // end RAM_INTERFACE